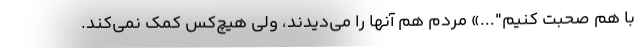
با هم صحبت کنیم"...» مردم هم آنها را می‌دیدند، ولی هیچ‌کس کمک نمی‌کند.